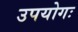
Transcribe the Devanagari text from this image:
उपयोगः